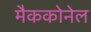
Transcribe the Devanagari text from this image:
मैककोनेल